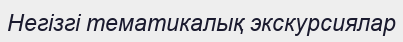
Негізгі тематикалық экскурсиялар